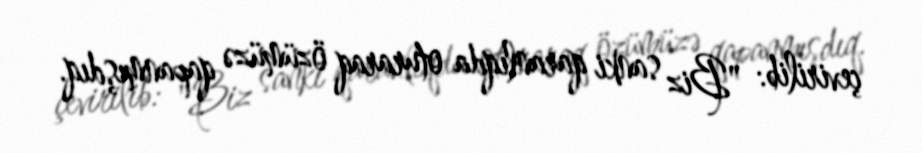
çevirilib: "Biz sanki qaranlıqda oturaraq özümüzə qapanmışdıq.